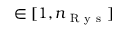
\in [ 1 , n _ { \mathrm { ~ R ~ y ~ s ~ } } ]